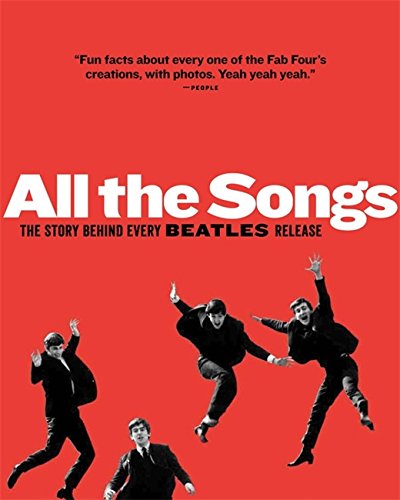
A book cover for All The Songs: The Story Behind Every Beatles Release; Philippe Margotin; Humor & Entertainment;